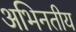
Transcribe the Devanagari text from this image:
अभिनतीय